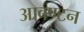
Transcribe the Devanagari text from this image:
आवण्टन